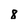
Character: 8